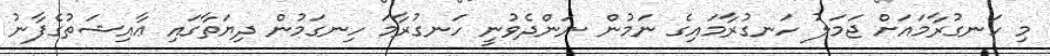
މި ހަނގުރާމައަށް ޖަމަލު ހަނގުރާމައިގެ ނަމުން ނަންދެވުނީ ހަނގުރާމަ ހިނގަމުން ދިޔަތާގައި ޢާއިޝަތުގެފާނު